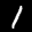
Label: 1